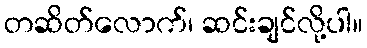
တဆိတ်လောက်၊ ဆင်းချင်လို့ပါ။